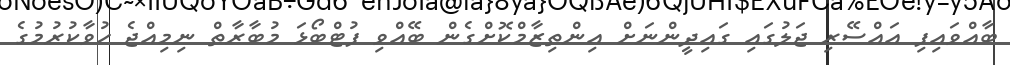
ބާއްވައިފި އައްސޭރި ޖަލުގައި ގައިދީންނަށް އިންތިޒާމްކޮށްގެން ބޭއްވި ފުޓްބޯޅަ މުބާރާތް ނިމިއްޖެ ހުވާކުރުމުގެ